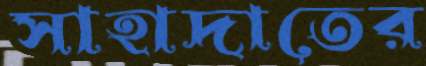
সাহাদাতের